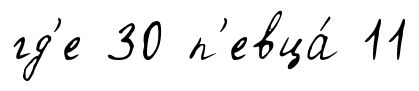
гд'е 30 п'евца́ 11